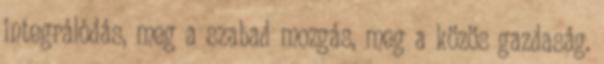
integrálódás, meg a szabad mozgás, meg a közös gazdaság.